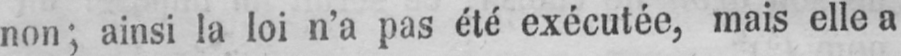
non; ainsi la loi n’a pas été exécutée, mais elle a